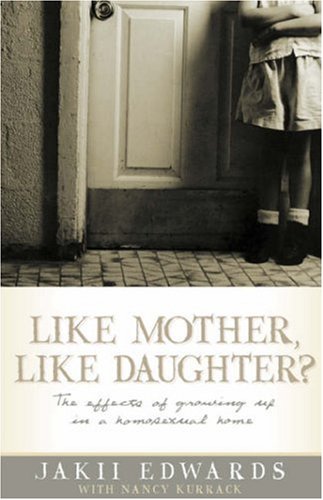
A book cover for Like Mother, Like Daughter?: The Effects of Growing Up in a Homosexual Home; Jakii Edwards; Gay & Lesbian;